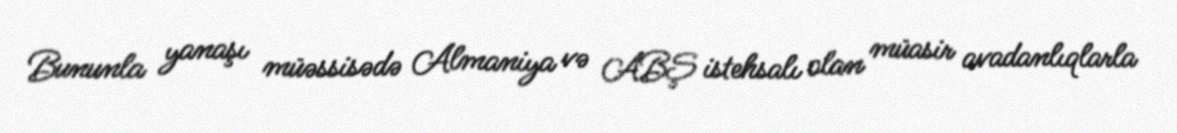
Bununla yanaşı müəssisədə Almaniya və ABŞ istehsalı olan müasir avadanlıqlarla